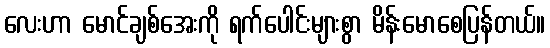
လေးဟာ မောင်ချစ်အေးကို ရက်ပေါင်းများစွာ မိန်းမောစေပြန်တယ်။